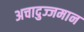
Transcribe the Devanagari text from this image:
अचादुज्जमान